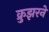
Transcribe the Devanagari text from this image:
क्रुझरने